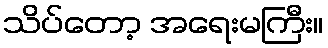
သိပ်တော့ အရေးမကြီး။